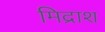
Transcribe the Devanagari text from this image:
मिद्राश